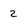
Character: z